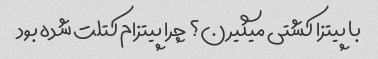
با پیتزا کشتی میگیرن؟ چرا پیتزام کتلت شده بود